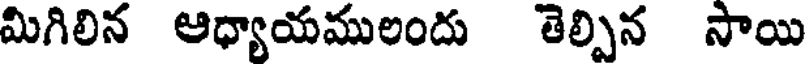
మిగిలిన ఆధ్యాయములందు తెల్పిన సాయి